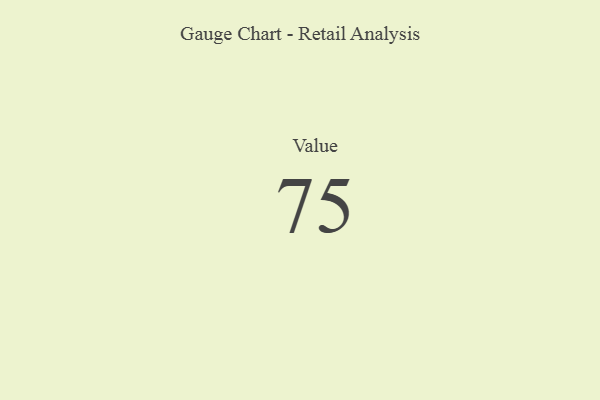
{"axis": {"x": "Metric", "y": "Value"}, "legend": [""], "data": [{"x": "Value", "y": 75, "type": ""}]}